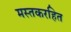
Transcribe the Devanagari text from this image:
मस्तकरहित